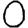
Digit: 0